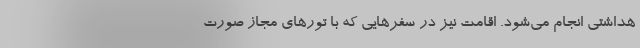
هداشتی انجام می‌شود. اقامت نیز در سفرهایی که با تورهای مجاز صورت